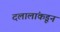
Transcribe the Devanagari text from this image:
दलालांकडून